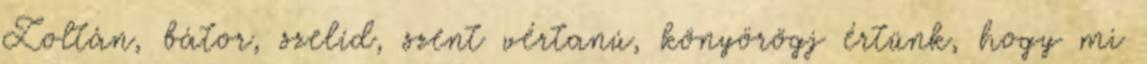
Zoltán, bátor, szelíd, szent vértanú, könyörögj értünk, hogy mi